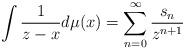
LaTeX: \begin{align*}\int\frac{1}{z-x}d\mu(x)=\sum_{n=0}^{\infty}\frac{s_{n}}{z^{n+1}}\end{align*}